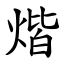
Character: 煯